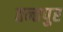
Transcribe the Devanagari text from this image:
तन्तपुर